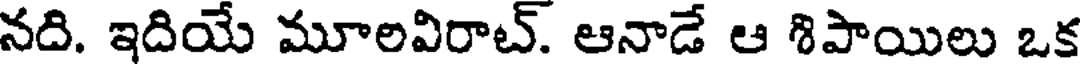
నది. ఇదియే మూలవిరాట్. ఆనాడే ఆ శిపాయిలు ఒక